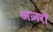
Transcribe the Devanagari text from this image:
अज़रों